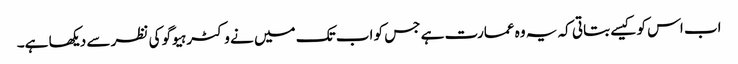
اب اس کو کیسے بتاتی کہ یہ وہ عمارت ہے جس کو اب تک میں نے وکٹر ہیوگو کی نظر سے دیکھا ہے۔